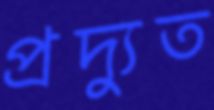
প্রদ্যুত